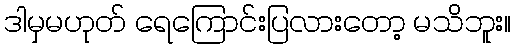
ဒါမှမဟုတ် ရေကြောင်းပြလားတော့ မသိဘူး။